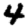
Digit: 4